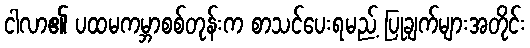
ငါလာ၏ ပထမကမ္ဘာစစ်တုန်းက စာသင်ပေးရမည့် ပြုချက်များအတိုင်း